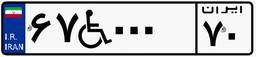
۶۷W۰۰۰۷۰